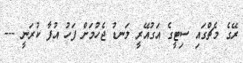
ރޭގެ މެޗްގައި ސިޓީގެ އަގުއޭރީ ލަނޑު ޖެހުމަށް ފަހު އުފާ ކުރަނީ ---